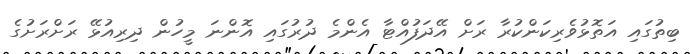
ބިތުގައި އަތޮޅުވެރިކަންކުރާ ރަށް އޭދަފުއްޓާ އެންމެ ދުރުގައި އޮންނަ މީހުން ދިރިއުޅޭ ރަށްރަށުގެ